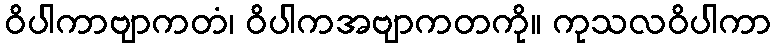
ဝိပါကာဗျာကတံ၊ ဝိပါကအဗျာကတကို။ ကုသလဝိပါကာ